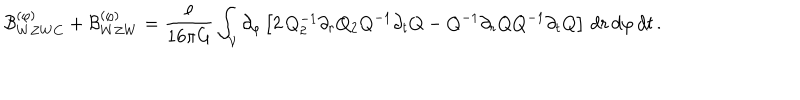
{ \cal B } _ { W Z W C } ^ { ( \varphi ) } + { \cal B } _ { W Z W } ^ { ( \varphi ) } = \frac \ell { 1 6 \pi G } \int _ { \cal V } \partial _ { \varphi } \left[ 2 \, Q _ { 2 } ^ { - 1 } \partial _ { r } Q _ { 2 } Q ^ { - 1 } \partial _ { t } Q - Q ^ { - 1 } \partial _ { r } Q Q ^ { - 1 } \partial _ { t } Q \right] \, d r \, d \varphi \, d t \, .